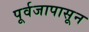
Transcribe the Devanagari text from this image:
पूर्वजापासून